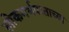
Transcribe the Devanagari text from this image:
लोकगर्भपाताच्या